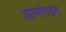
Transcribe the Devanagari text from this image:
आमफेहम